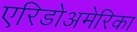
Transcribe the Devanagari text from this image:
एरिडोअमेरिका